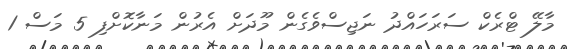
މާލޭ ޓްރެކް ސަރަހައްދު ނަޖިސްވެގެން މޫދަށް އެރުން މަނާކޮށްފި 5 މަސް 1